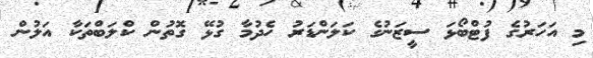
މި އަހަރުގެ ފުޓްބޯޅަ ސީޒަނުގެ ކަލަންޑަރު ހެދުމާ ގުޅޭ ގޮތުން ކްލަބްތަކާ އަލުން